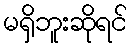
မရှိဘူးဆိုရင်